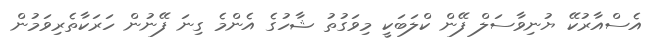
އެސްއާރުކޭ ޔުނިވާސަލް ފޭން ކްލަބަކީ މިވަގުތު ޝާހުގެ އެންމެ ގިނަ ފޭނުން ހަރަކާތެރިވަމުން